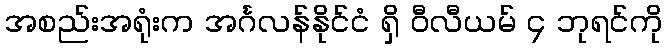
အစည်းအရုံးက အင်္ဂလန်နိုင်ငံ ရှိ ဝီလီယမ် ၄ ဘုရင်ကို